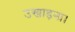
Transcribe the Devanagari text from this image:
उखाड़ना।